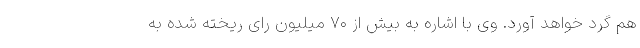
هم گرد خواهد آورد. وی با اشاره به بیش از ۷۰ میلیون رای ریخته شده به